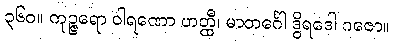
၃၆၀။ ကုဉ္ဇရော ဝါရဏော ဟတ္ထီ၊ မာတင်္ဂေါ ဒွိရဒေါ ဂဇော။